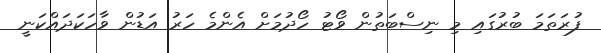
ފުރަތަމަ ބުރުގައި މި ނިސްބަތުން ވޯޓު ހޯދުމަށް އެންމެ ހަރު އަޑުން ވާހަކަދައްކަނީ